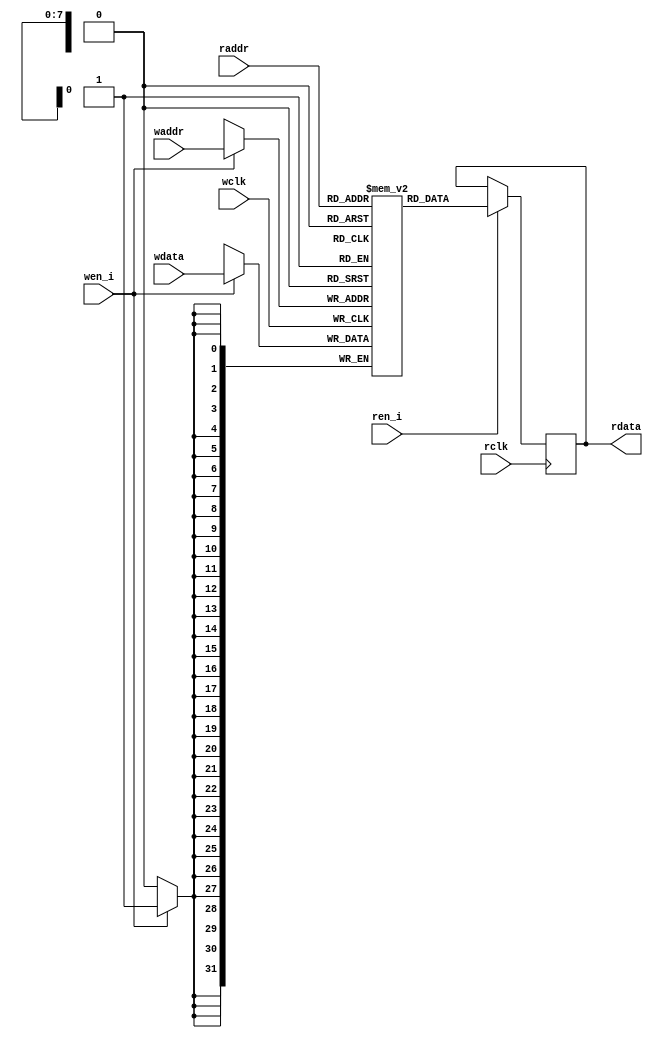

module fifo_mem #(parameter ADDR_LEN = 8,
                 parameter DATA_LEN = 32)
    (
    input                        wclk, rclk, ren_i, wen_i,
    input       [ADDR_LEN-1 : 0] waddr, raddr,
    input       [DATA_LEN-1 : 0] wdata, 
    output reg  [DATA_LEN-1 : 0] rdata);

    localparam DEPTH = 1<<ADDR_LEN;
    reg [DATA_LEN-1:0] dp_mem [0:DEPTH-1];

    always @(posedge wclk ) begin
        if(wen_i) dp_mem[waddr] <= wdata;
    end
    
    always @(posedge rclk ) begin
        if(ren_i) rdata <= dp_mem[raddr];
    end
    
endmodule